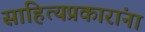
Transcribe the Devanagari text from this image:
साहित्यप्रकारांना